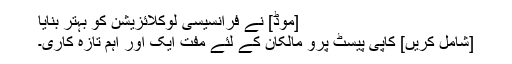
[موڈ] نے فرانسیسی لوکلائزیشن کو بہتر بنایا
[شامل کریں] کاپی پیسٹ پرو مالکان کے لئے مفت ایک اور اہم تازہ کاری۔